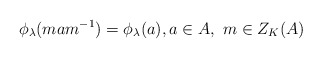
\begin{align*}\phi_\lambda(mam^{-1})=\phi_\lambda(a),a\in A, ~m\in Z_K(A)\end{align*}